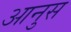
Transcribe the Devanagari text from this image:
आनुस